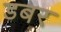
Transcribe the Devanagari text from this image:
डबर